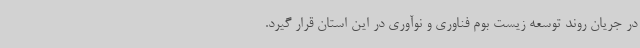
در جریان روند توسعه زیست بوم فناوری و نوآوری در این استان قرار گیرد.